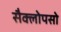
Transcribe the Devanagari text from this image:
सैक्लोपसो